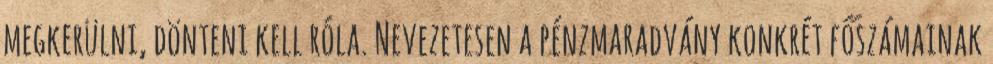
megkerülni, dönteni kell róla. Nevezetesen a pénzmaradvány konkrét főszámainak